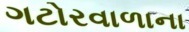
ગટોરવાળાના